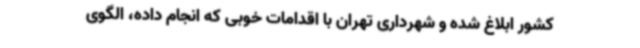
کشور ابلاغ شده و شهرداری تهران با اقدامات خوبی که انجام داده، الگوی